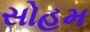
સોહમ